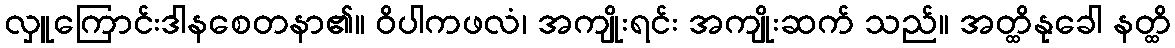
လှူကြောင်းဒါနစေတနာ၏။ ဝိပါကဖလံ၊ အကျိုးရင်း အကျိုးဆက် သည်။ အတ္ထိနုခေါ နတ္ထိ